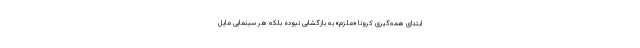
ابتدای همه‌گیری کرونا «ملزم» به بازگشایی نبوده بلکه هر سینمایی مایل